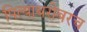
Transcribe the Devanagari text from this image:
पित्याबरोबरच